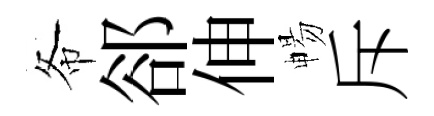
𢁙郤伸暢斥